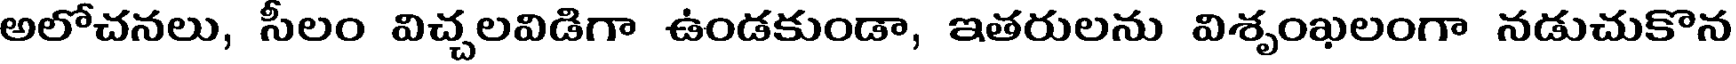
అలోచనలు, సీలం విచ్చలవిడిగా ఉండకుండా, ఇతరులను విశృంఖలంగా నడుచుకొన